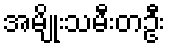
အမျိုးသမီးတဦး